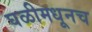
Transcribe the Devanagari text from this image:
घळीमधूनच